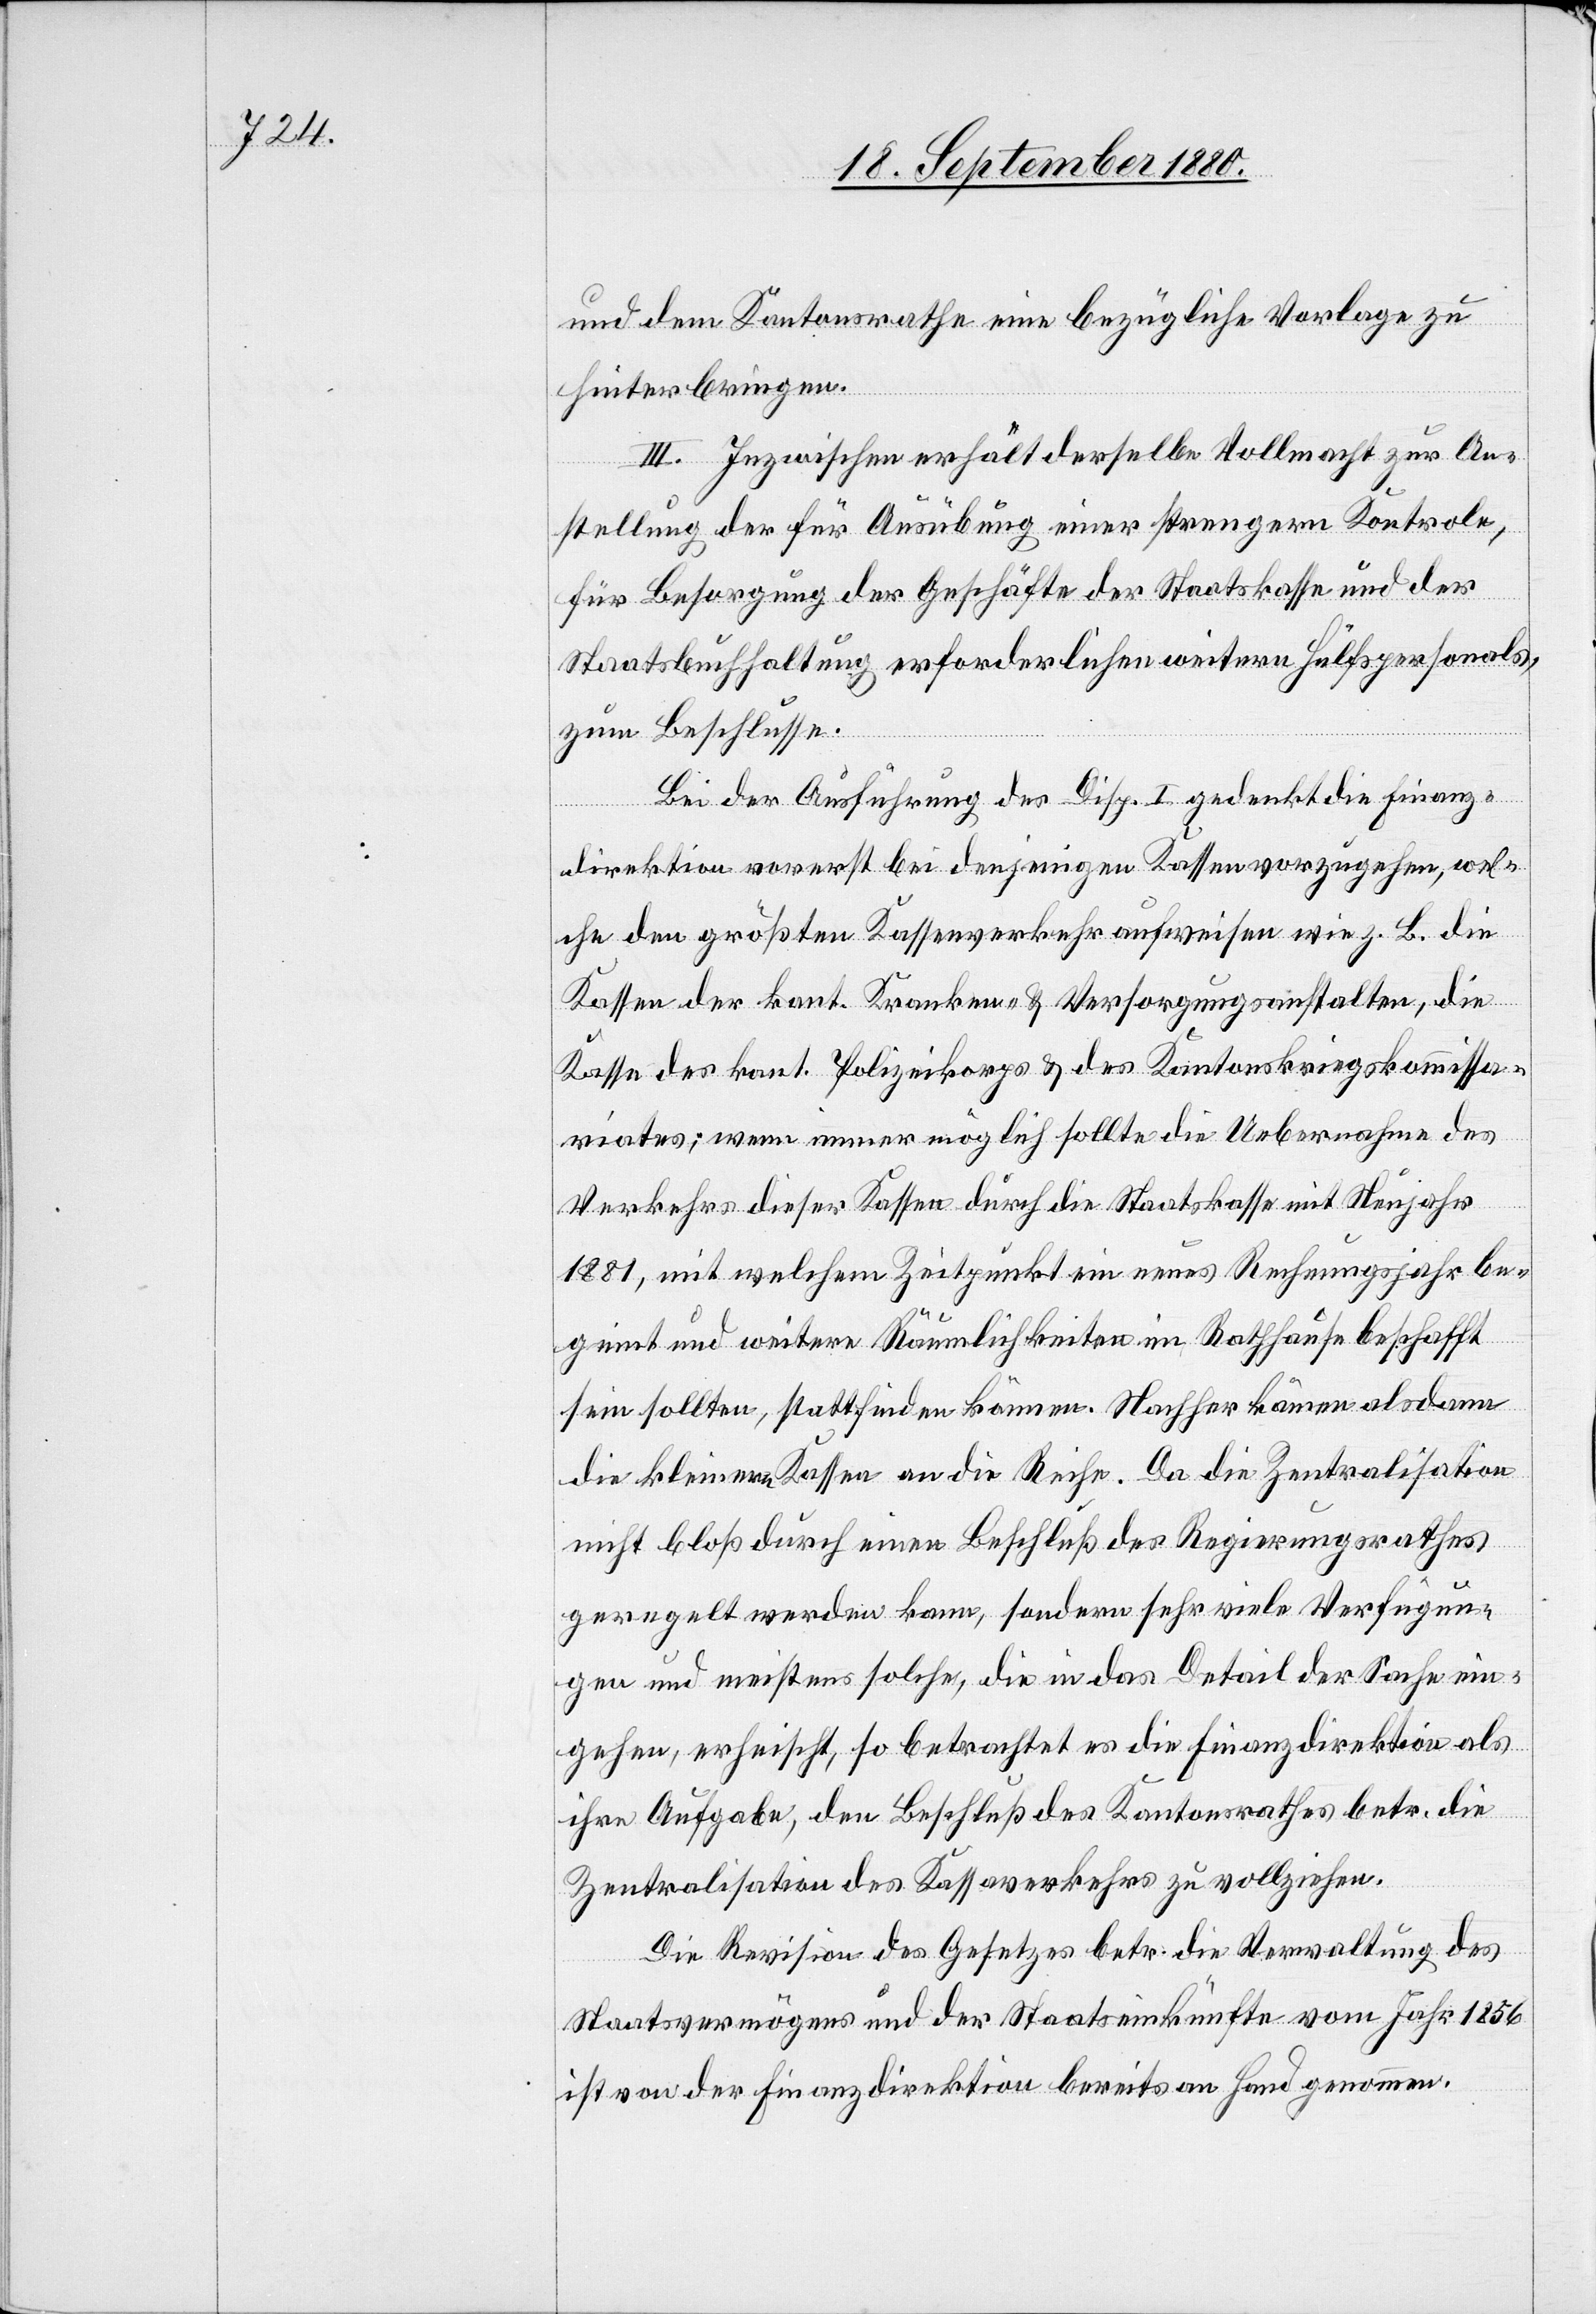
und dem Kantonsrathe eine bezügliche Vorlage zu
hinterbringen.
III. Inzwischen erhält derselbe Vollmacht zur An¬
stellung der für Ausübung einer strengern Kontrole,
für Besorgung der Geschäfte der Staatskasse und der
Staatsbuchhaltung erforderlichen weitern Hülfspersonals,
zum Beschlusse.
Bei der Ausführung des Disp. I. gedenkt die Finanz¬
direktion vorerst bei denjenigen Kassen vorzugehen, wel¬
che den größten Kassenverkehr aufweisen wie z. B. die
Kassen der kant. Kranken- & Versorgungsanstalten, die
Kasse des kant. Polizeikorps & des Kantonskriegskommissa¬
riats; wenn immer möglich sollte die Uebernahme des
Verkehrs dieser Kassen durch die Staatskasse mit Neujahr
1881, mit welchem Zeitpunkt ein neues Rechnungsjahr be¬
ginnt und weitere Räumlichkeiten im Rathhause beschafft
sein sollten, stattfinden können. Nachher kämen alsdann
die kleineren Kassen an die Reihe. Da die Zentralisation
nicht bloß durch einen Beschluß des Regierungsrathes
geregelt werden kann, sondern sehr viele Verfügun¬
gen und meistens solche, die in das Detail der Sachen ein¬
gehen, erheischt, so betrachtet es die Finanzdirektion als
ihre Aufgabe, den Beschluß des Kantonsrathes betr. die
Zentralisation des Kassaverkehrs zu vollziehen.
Die Revision des Gesetzes betr. die Verwaltung des
Staatsvermögens und der Staatseinkünfte vom Jahr 1856
ist von der Finanzdirektion bereits an Hand genommen.